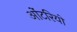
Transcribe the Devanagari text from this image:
ओंटरियो